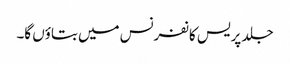
جلد پریس کانفرنس میں بتاؤں گا۔